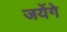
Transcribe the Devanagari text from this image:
जयेंगे